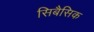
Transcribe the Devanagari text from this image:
सिबैसिक